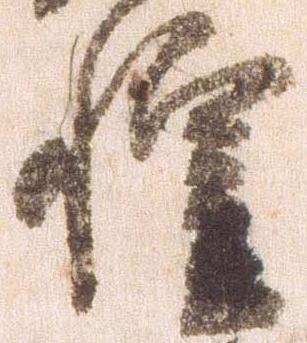
惶